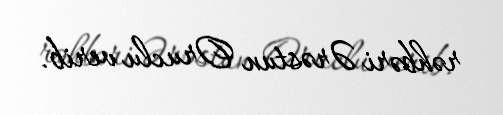
rəhbəri Ərəstun Oruclu verib.